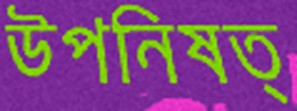
উপনিষত্